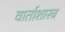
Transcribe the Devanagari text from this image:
वार्ताशास्त्र